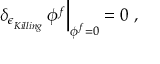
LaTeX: \left. \delta _ { \epsilon _ { \phantom { } _ { { K i l l i n g } } } } \, \phi ^ { f } \right| _ { \phi ^ { f } = 0 } = 0 \ ,